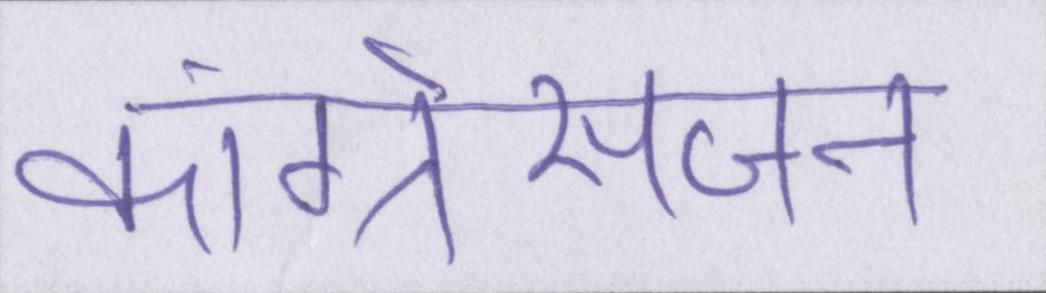
कांग्रेसजन